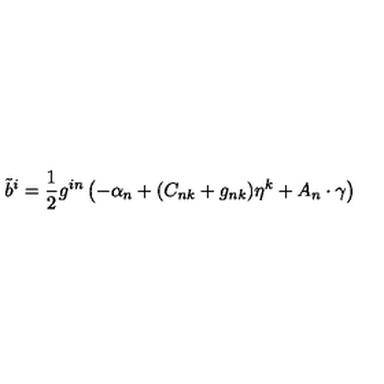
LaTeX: { \tilde { b } } ^ { i } = { \frac { 1 } { 2 } } g ^ { i n } \left( - \alpha _ { n } + ( C _ { n k } + g _ { n k } ) \eta ^ { k } + A _ { n } \cdot \gamma \right)